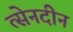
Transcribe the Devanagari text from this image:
त्सेनदीन